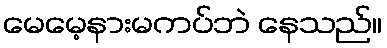
မေမေ့နားမကပ်ဘဲ နေသည်။